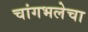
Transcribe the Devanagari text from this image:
चांगभलेचा